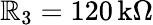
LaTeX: \mathbb{R}_{3}=120\, \mathrm{{k\Omega}}